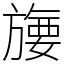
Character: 㫏